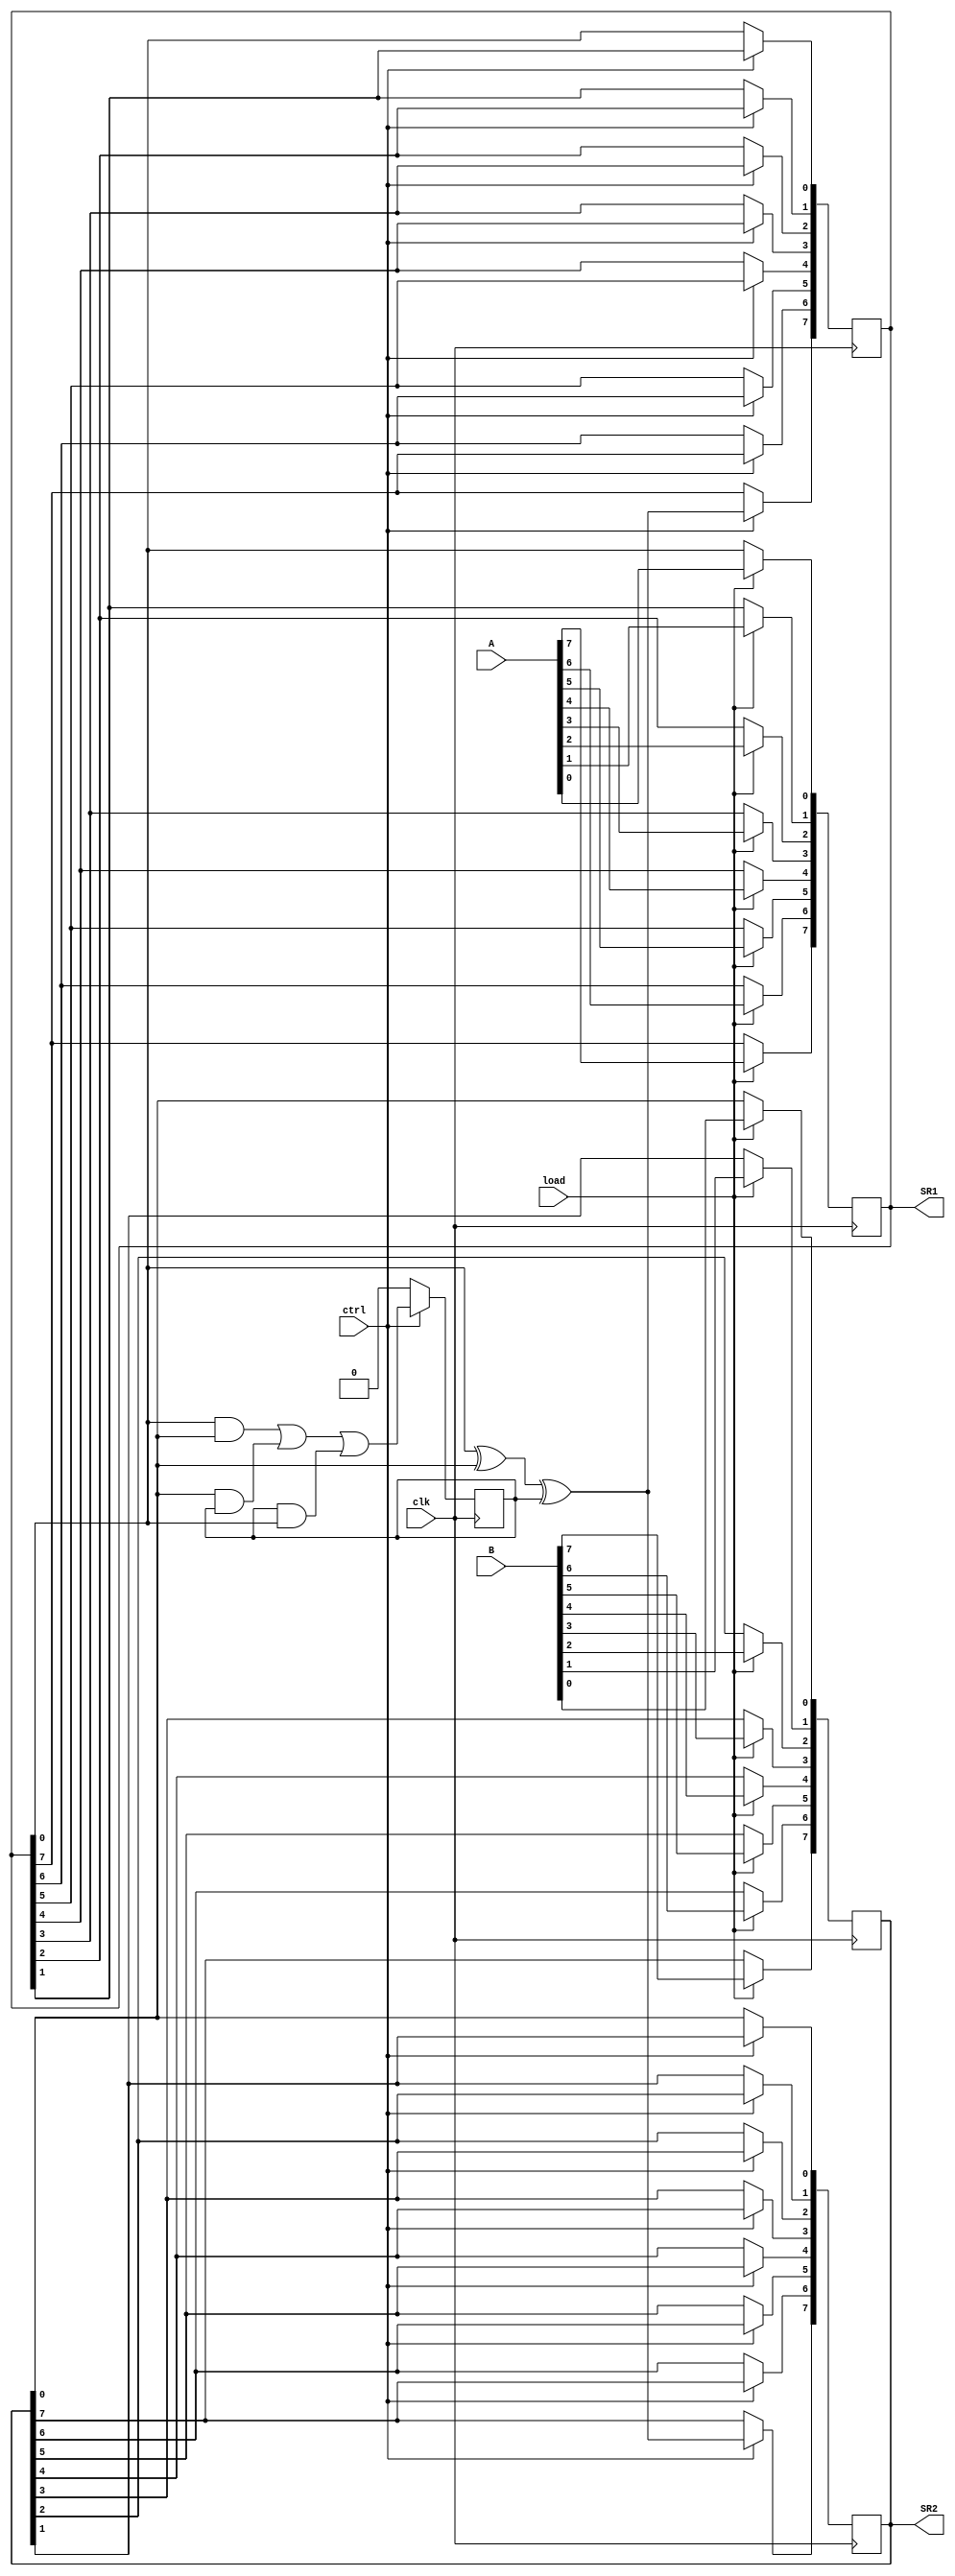
`timescale 1ns / 1ps
//////////////////////////////////////////////////////////////////////////////////
// Company: 
// Engineer: 
// 
// Design Name: 
// Module Name: serial_adder
// Project Name: 
// Target Devices: 
// Tool Versions: 
// Description: 
// 
// Dependencies: 
// 
// Revision:
// Revision 0.01 - File Created
// Additional Comments:
// 
//////////////////////////////////////////////////////////////////////////////////

module serial_adder(A,B,clk,ctrl,load,SR1,SR2);
input [7:0]A,B;
input clk,ctrl,load;
output reg [7:0]SR1,SR2;
wire S,Carry;
reg C=0;
wire [7:0]D,E;

assign D[7]=load?A[7]:SR1[7];
assign D[6]=load?A[6]:SR1[6];
assign D[5]=load?A[5]:SR1[5];
assign D[4]=load?A[4]:SR1[4];
assign D[3]=load?A[3]:SR1[3];
assign D[2]=load?A[2]:SR1[2];
assign D[1]=load?A[1]:SR1[1];
assign D[0]=load?A[0]:SR1[0];

assign E[7]=load?B[7]:SR2[7];
assign E[6]=load?B[6]:SR2[6];
assign E[5]=load?B[5]:SR2[5];
assign E[4]=load?B[4]:SR2[4];
assign E[3]=load?B[3]:SR2[3];
assign E[2]=load?B[2]:SR2[2];
assign E[1]=load?B[1]:SR2[1];
assign E[0]=load?B[0]:SR2[0];

always @(posedge clk)
begin
    SR1[0]=D[0];
    SR1[1]=D[1];
    SR1[2]=D[2];
    SR1[3]=D[3];
    SR1[4]=D[4];
    SR1[5]=D[5];
    SR1[6]=D[6];
    SR1[7]=D[7];
    
    SR2[0]=E[0];
    SR2[1]=E[1];
    SR2[2]=E[2];
    SR2[3]=E[3];
    SR2[4]=E[4];
    SR2[5]=E[5];
    SR2[6]=E[6];
    SR2[7]=E[7];
end

assign S=SR1[0]^SR2[0]^C;
assign Carry=(SR1[0]&SR2[0])|(SR2[0]&C)|(C&SR1[0]);

always @(posedge clk)
begin
    if(ctrl)
    begin
        if(Carry==1'bx)
            C=0;
        else
            C=Carry;
        SR1[0]=SR1[1];
        SR1[1]=SR1[2];
        SR1[2]=SR1[3];
        SR1[3]=SR1[4];
        SR1[4]=SR1[5];
        SR1[5]=SR1[6];
        SR1[6]=SR1[7];
        SR1[7]=S;
        SR2[0]=SR2[1];
        SR2[1]=SR2[2];
        SR2[2]=SR2[3];
        SR2[3]=SR2[4];
        SR2[4]=SR2[5];
        SR2[5]=SR2[6];
        SR2[6]=SR2[7];
        SR2[7]=S;
    end
    else
        C=0;
end
endmodule